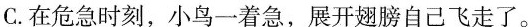
C.在危急时刻，小鸟一着急，展开翅膀自己飞走了。